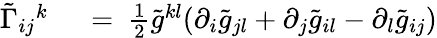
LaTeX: \begin{array}{rl}{\tilde{\Gamma}_{ij}{}^{k}\ }&{{}=\ \frac 12\tilde{g}^{kl}(\partial_{i}\tilde{g}_{jl}+\partial_{j}\tilde{g}_{il}-\partial_{l}\tilde{g}_{ij})}\end{array}